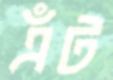
এঁট